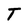
Character: T